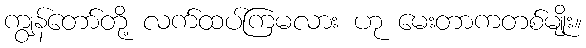
ကျွန်တော်တို့ လက်ထပ်ကြမလား ဟု မေးတာကတစ်မျိုး။